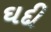
ઘદી